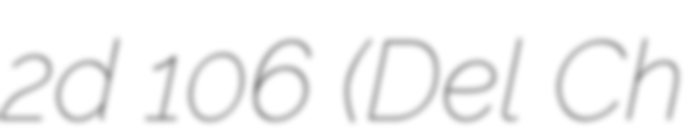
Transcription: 2d 106 (Del Ch